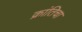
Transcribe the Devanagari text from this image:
क्रांतिचा